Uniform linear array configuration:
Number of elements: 8
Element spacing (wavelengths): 0.5
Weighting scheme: binomial
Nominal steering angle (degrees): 0
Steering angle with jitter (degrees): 1.567
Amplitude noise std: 0.05
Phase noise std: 0.05

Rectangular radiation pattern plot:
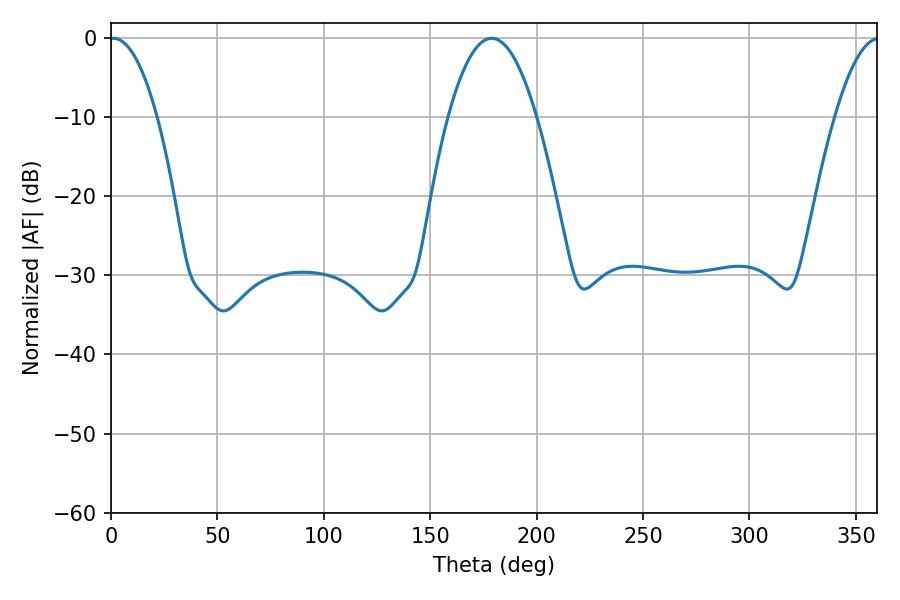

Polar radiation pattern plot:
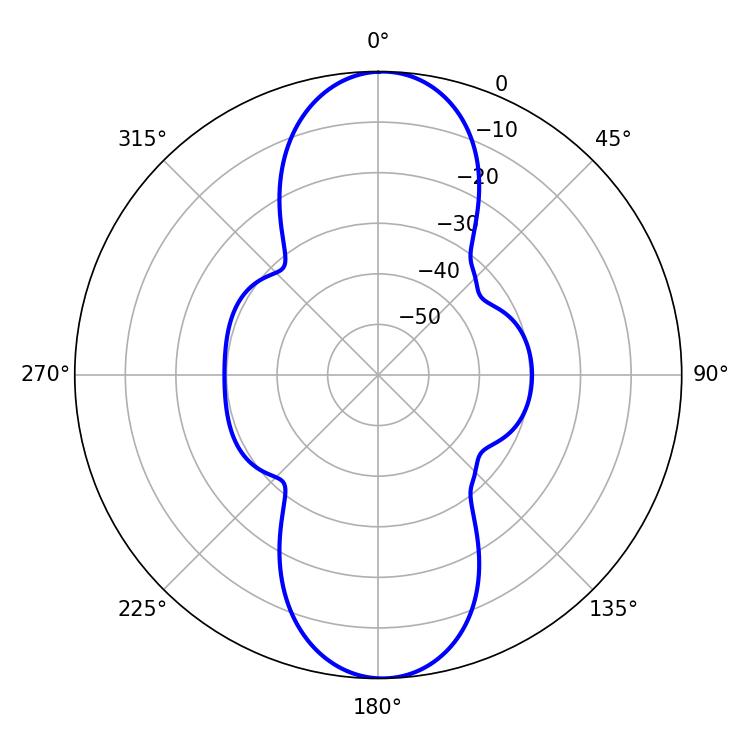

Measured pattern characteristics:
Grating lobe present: FALSE
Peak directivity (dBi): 21.894
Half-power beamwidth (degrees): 12.42
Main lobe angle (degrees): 1.08